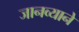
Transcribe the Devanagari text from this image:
जानव्याने